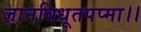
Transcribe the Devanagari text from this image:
ज्ञानविधूतपप्मा।।